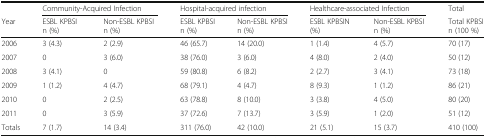
<table><thead><tr><td></td><td colspan="2"><b>Community-Acquired Infection</b></td><td colspan="2"><b>Hospital-acquired infection</b></td><td colspan="2"><b>Healthcare-associated Infection</b></td><td><b>Total</b></td></tr><tr><td><b>Year</b></td><td><b>ESBL KPBSI n (%)</b></td><td><b>Non-ESBL KPBSI n (%)</b></td><td><b>ESBL KPBSI n (%)</b></td><td><b>Non-ESBL KPBSI n (%)</b></td><td><b>ESBL KPBSIN (%)</b></td><td><b>Non-ESBL KPBSI n (%)</b></td><td><b>Total KPBSI n (100 %)</b></td></tr></thead><tbody><tr><td>2006</td><td>3 (4.3)</td><td>2 (2.9)</td><td>46 (65.7)</td><td>14 (20.0)</td><td>1 (1.4)</td><td>4 (5.7)</td><td>70 (17)</td></tr><tr><td>2007</td><td>0</td><td>3 (6.0)</td><td>38 (76.0)</td><td>3 (6.0)</td><td>4 (8.0)</td><td>2 (4.0)</td><td>50 (12)</td></tr><tr><td>2008</td><td>3 (4.1)</td><td>0</td><td>59 (80.8)</td><td>6 (8.2)</td><td>2 (2.7)</td><td>3 (4.1)</td><td>73 (18)</td></tr><tr><td>2009</td><td>1 (1.2)</td><td>4 (4.7)</td><td>68 (79.1)</td><td>4 (4.7)</td><td>8 (9.3)</td><td>1 (1.2)</td><td>86 (21)</td></tr><tr><td>2010</td><td>0</td><td>2 (2.5)</td><td>63 (78.8)</td><td>8 (10.0)</td><td>3 (3.8)</td><td>4 (5.0)</td><td>80 (20)</td></tr><tr><td>2011</td><td>0</td><td>3 (5.9)</td><td>37 (72.6)</td><td>7 (13.7)</td><td>3 (5.9)</td><td>1 (2.0)</td><td>51 (12)</td></tr><tr><td>Totals</td><td>7 (1.7)</td><td>14 (3.4)</td><td>311 (76.0)</td><td>42 (10.0)</td><td>21 (5.1)</td><td>15 (3.7)</td><td>410 (100)</td></tr></tbody></table>